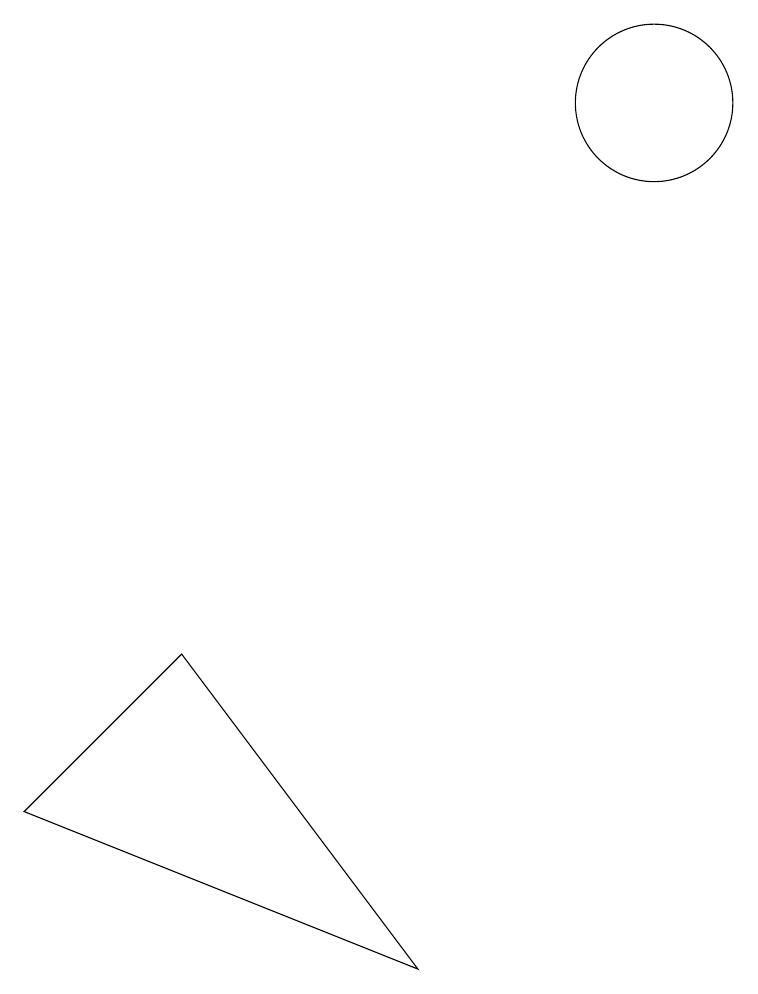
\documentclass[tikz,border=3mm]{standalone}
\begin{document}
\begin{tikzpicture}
\draw (4,4) -- (2,2) -- (7,0) -- cycle;
\draw (10,11) circle (1);
\draw (11,10) circle (0);
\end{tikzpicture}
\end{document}